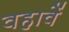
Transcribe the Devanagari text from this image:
वहावें